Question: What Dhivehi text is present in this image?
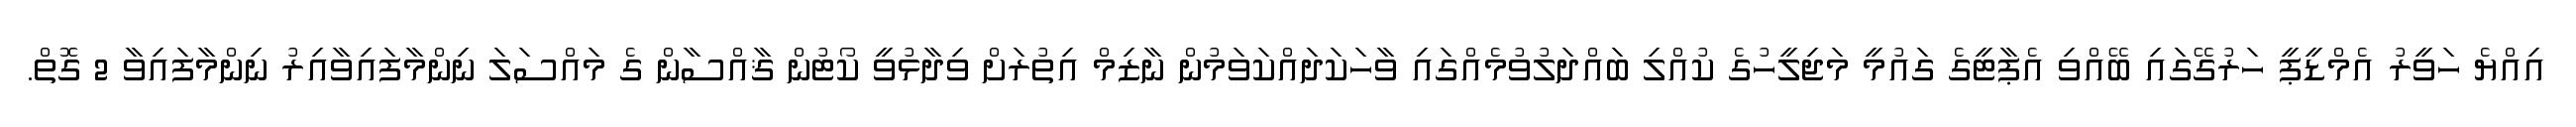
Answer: އިއްޔެ ހަވީރު އެމްޑީޕީ ހަރުގޭގައި ބޭއްވި އެޕާޓީގެ ގައުމީ މަޖިލީހުގެ ކުއްލި ބައްދަލުވުމެއްގައި ވާހަކަދައްކަވަމުން ނާޒިމް އިތުރަށް ވިދާޅުވީ ކޯޓުން ޤާއްސާން ގެ މައްސަލަ ނިންމާފައިވާއިރު ނިންމާފައިވާ 2 ގޮތް.